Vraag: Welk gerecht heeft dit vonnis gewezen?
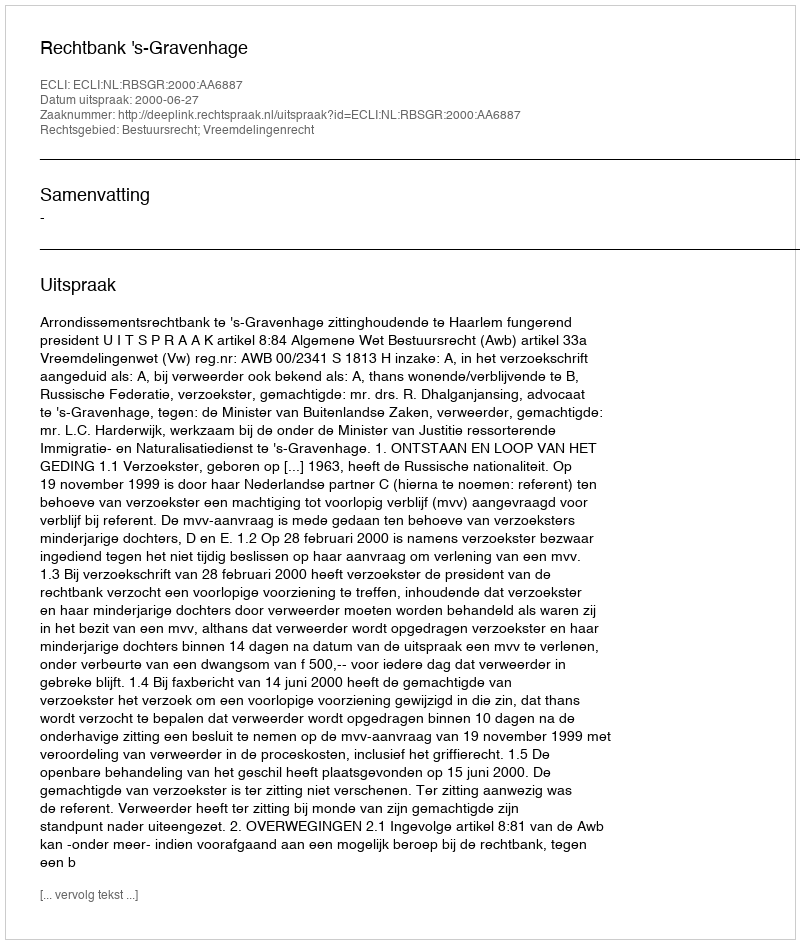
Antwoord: Rechtbank 's-Gravenhage